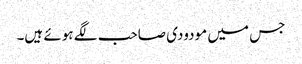
جس میں مودودی صاحب لگے ہوئے ہیں۔